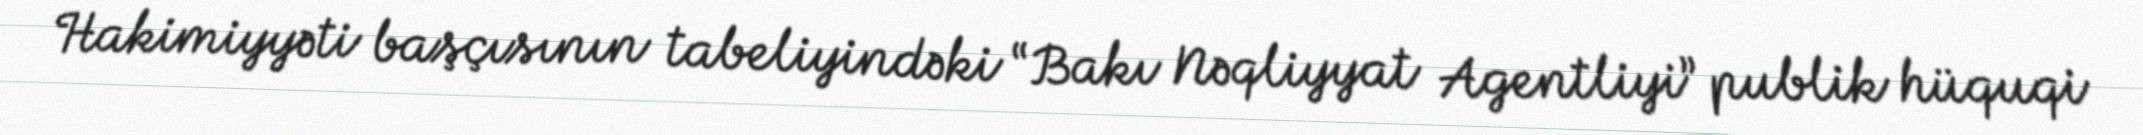
Hakimiyyəti başçısının tabeliyindəki “Bakı Nəqliyyat Agentliyi” publik hüquqi